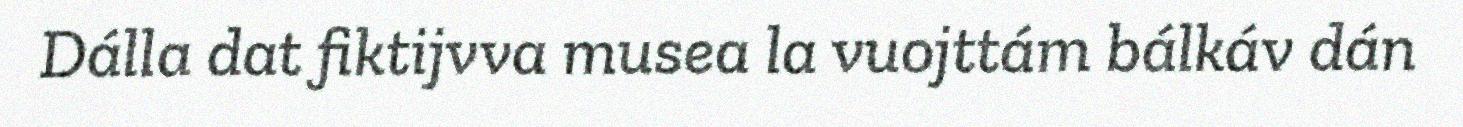
Dálla dat fiktijvva musea la vuojttám bálkáv dán